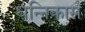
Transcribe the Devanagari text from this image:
धन्निकास